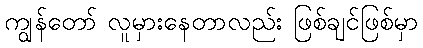
ကျွန်တော် လူမှားနေတာလည်း ဖြစ်ချင်ဖြစ်မှာ